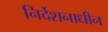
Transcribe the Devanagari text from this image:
निर्देशनाधीन